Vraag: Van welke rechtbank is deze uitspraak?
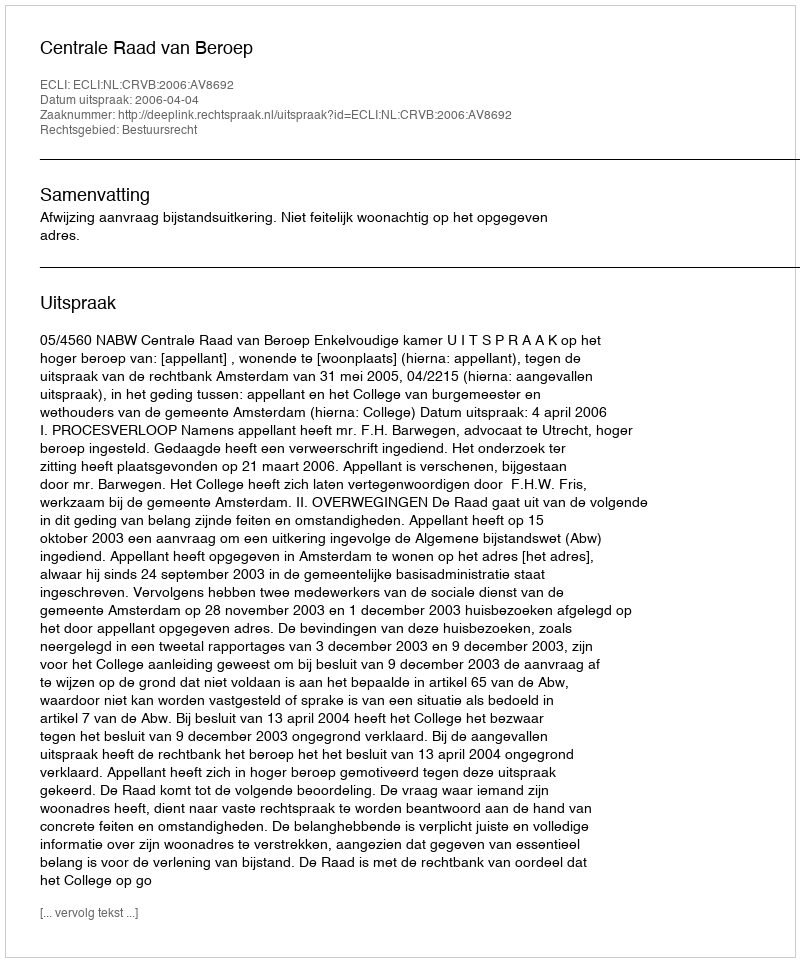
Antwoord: Centrale Raad van Beroep